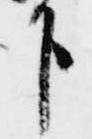
下